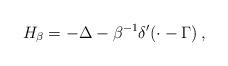
LaTeX: \begin{align*} H_\beta =-\Delta-\beta^{-1}\delta'(\cdot-\Gamma)\,,\end{align*}